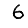
Digit: 6